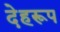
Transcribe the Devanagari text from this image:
देहरूप